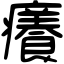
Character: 癢